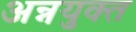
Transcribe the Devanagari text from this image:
अन्नयुक्त